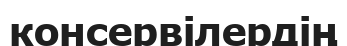
консервілердің